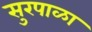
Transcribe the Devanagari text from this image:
सुरपाळा